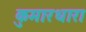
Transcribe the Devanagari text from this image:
कुमारधारा